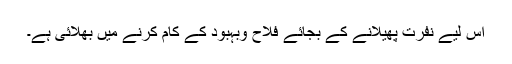
اس لیے نفرت پھیلانے کے بجائے فلاح وبہبود کے کام کرنے میں بھلائی ہے۔